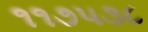
૧૧૭૫૩૮